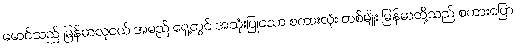
မောင်သည် မြန်မာလူငယ် အမည် ရှေ့တွင် အသုံးပြုသော စကားလုံး တစ်မျိုး မြန်မာတို့သည် စကားပြော